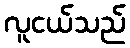
လူငယ်သည်